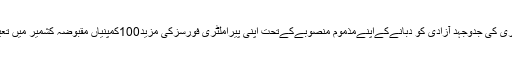
بھارت کشمیری کی جدوجہد آزادی کو دبانےکےاپنےمذموم منصوبےکےتحت اپنی پیراملٹری فورسزکی مزید100کمپنیاں مقبوضہ کشمیر میں تعینات کرےگا۔